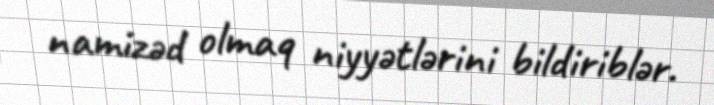
namizəd olmaq niyyətlərini bildiriblər.